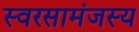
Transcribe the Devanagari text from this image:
स्वरसामंजस्य